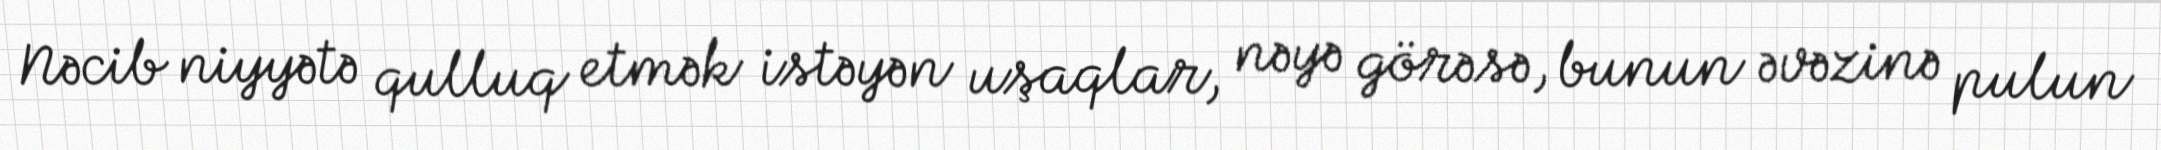
Nəcib niyyətə qulluq etmək istəyən uşaqlar, nəyə görəsə, bunun əvəzinə pulun